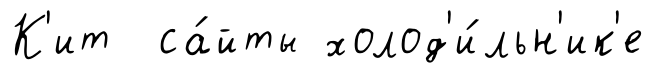
К'ит са́йты холод'и́льн'ик'е